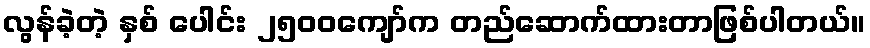
လွန်ခဲ့တဲ့ နှစ် ပေါင်း ၂၅၀၀ကျော်က တည်ဆောက်ထားတာဖြစ်ပါတယ်။